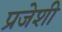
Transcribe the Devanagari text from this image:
प्रजेशी